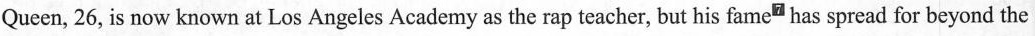
Queen, 26, is now known at Los Angeles Academy as the rap teacher, but his fame" has spread for beyond the